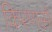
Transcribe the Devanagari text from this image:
किरणसे